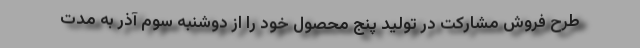
طرح فروش مشارکت در تولید پنج محصول خود را از دوشنبه سوم آذر به مدت